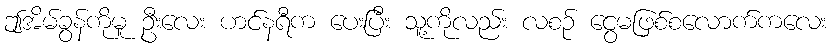
ဤအိမ်ခွန်ကိုမူ ဦးလေး ဟင်နရီက ပေးပြီး သူ့ကိုလည်း လစဉ် ငွေမဖြစ်စလောက်ကလေး